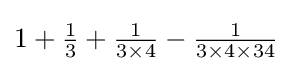
{\textstyle 1+{\frac {1}{3}}+{\frac {1}{3\times 4}}-{\frac {1}{3\times 4\times 34}}}